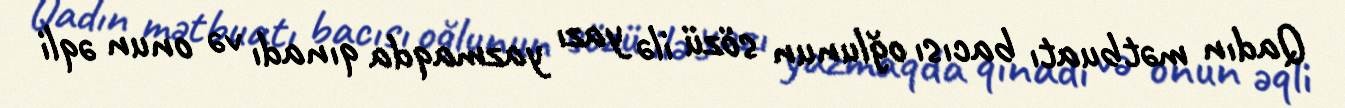
Qadın mətbuatı bacısı oğlunun sözü ilə yazı yazmaqda qınadı və onun əqli